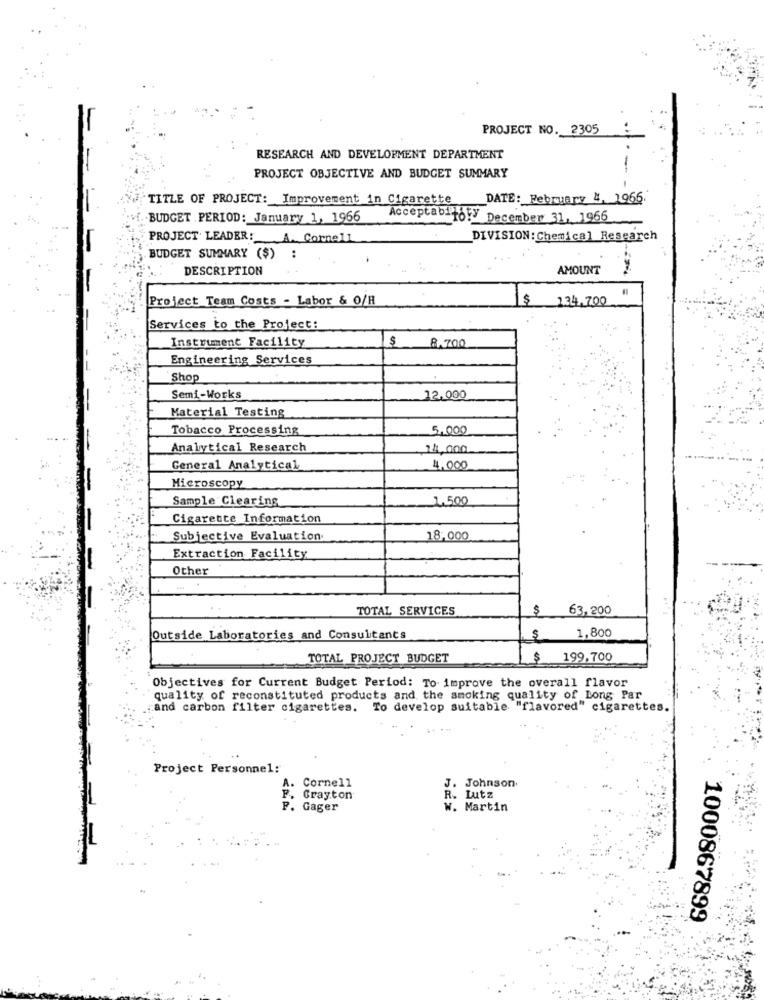
PROJECT NO. 2305
RESEARCH AND DEVELOPMENT DEPARTMENT
PROJECT OBJECTIVE AND BUDGET SUMMARY
TITLE OF PROJECT: Improvement in Cigarette
DATE: February 4, 1966
BUDGET PERIOD: January 1, 1966
Acceptabito!y December 31, 1966
PROJECT LEADER: A. Cornell
DIVISION: Chemical Research
BUDGET SUMMARY ($)
..
DESCRIPTION
AMOUNT
Project Team Costs - Labor & O/H
$
134.700
Services to the Project:
Instrument Facility
$ 8.700
Engineering Services
Shop
Semi-Works
12.000
Material Testing
Tobacco Processing
5,000
Analytical Research
14,000
General Analytical
4,000
Microscopy
Sample Clearing
1.500
Cigarette Information
Subjective Evaluation
18,000
Extraction Facility
Other
TOTAL SERVICES
$
63,200
1,800
Outside Laboratories and Consultants
$
TOTAL PROJECT BUDGET
$ 199,700
Objectives for Current Budget Period: To improve the overall flavor
quality of reconstituted products and the smoking quality of Long Par
"and carbon filter cigarettes. To develop suitable "flavored" cigarettes.
-
Project Personnel:
Cornell
J. Johnson
. Grayton
R. Lutz
P. Gager
W. Martin
1000867899